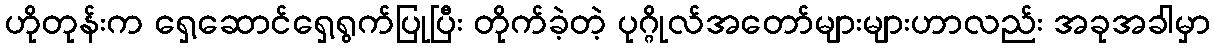
ဟိုတုန်းက ရှေ့ဆောင်ရှေ့ရွက်ပြုပြီး တိုက်ခဲ့တဲ့ ပုဂ္ဂိုလ်အတော်များများဟာလည်း အခုအခါမှာ